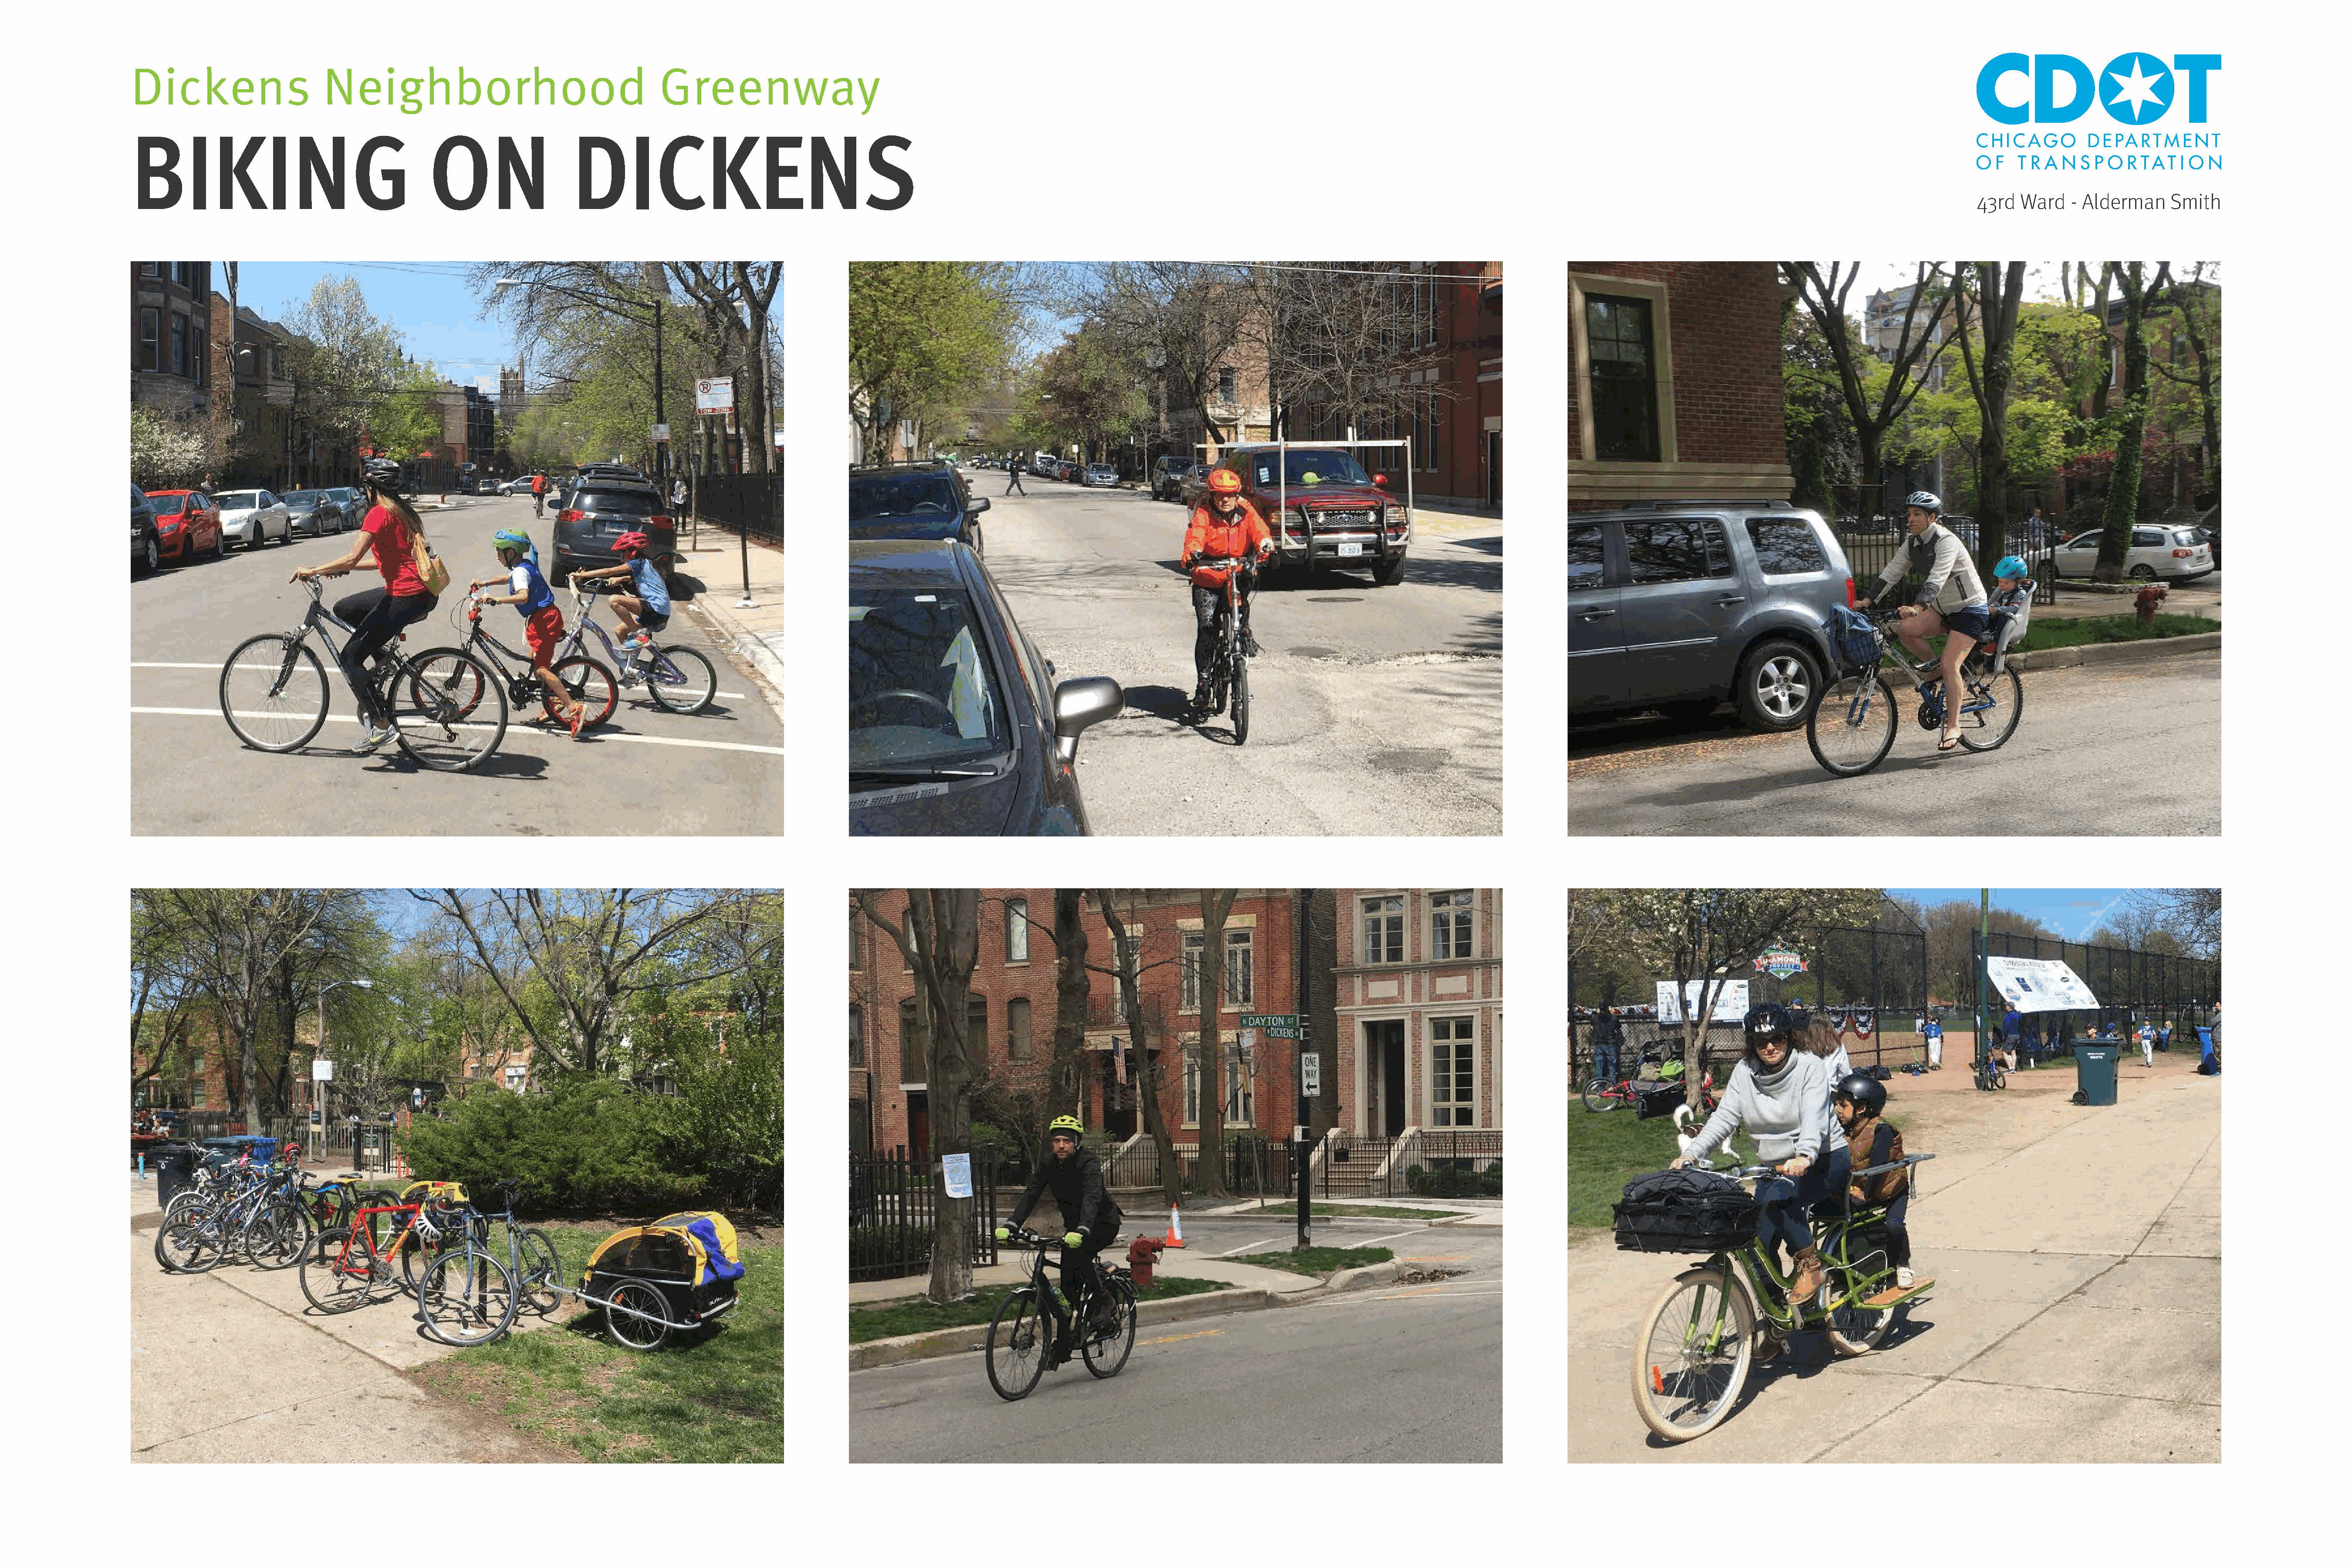
Dickens                      Neighborhood                                       Greenway
 BIKING                                       ON                    DICKENS
 43rd   Ward    - Alderman     Smith